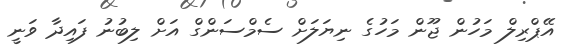
އޭޕްރިލް މަހުން ޖޫން މަހުގެ ނިޔަލަށް ސެމްސަންގް އަށް ލިބުނު ފައިދާ ވަނީ